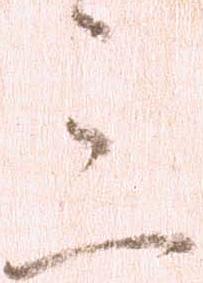
三